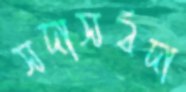
সদাসর্বদা